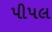
પીપલ